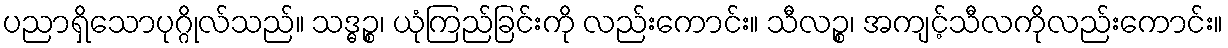
ပညာရှိသောပုဂ္ဂိုလ်သည်။ သဒ္ဓဉ္စ၊ ယုံကြည်ခြင်းကို လည်းကောင်း။ သီလဉ္စ၊ အကျင့်သီလကိုလည်းကောင်း။